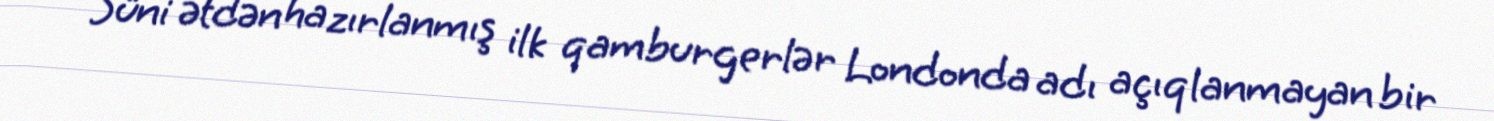
Süni ətdən hazırlanmış ilk qamburgerlər Londonda adı açıqlanmayan bir